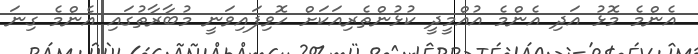
އެންމެ މޮޅު އަދި އެންމެ އުއްމީދީ ކުޅުންތެރިއަކަށް ހޮވިފައިވަނީ މުބާރާތުގައި އެންމެ ގިނަ